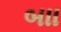
બાા